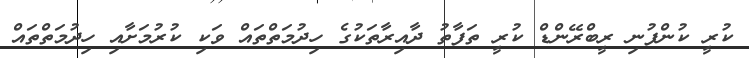
ކުރީ ކުންފުނި ރީބްރޭންޑް ކުރީ ތަފާތު ދާއިރާތަކުގެ ހިދުމަތްތައް ވަކި ކުރުމަށާއި ހިދުމަތްތައް